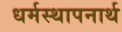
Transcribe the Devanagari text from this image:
धर्मस्थापनार्थ